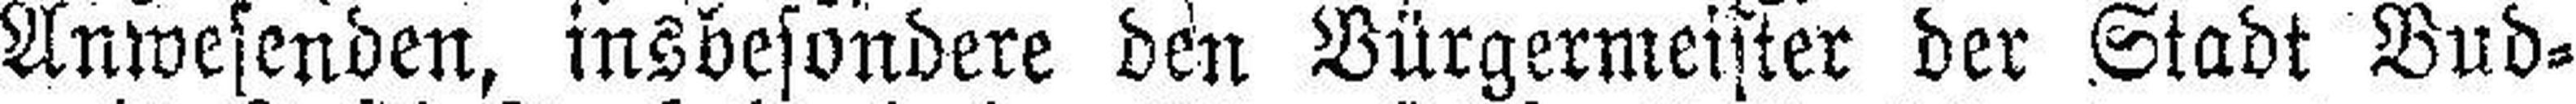
Anwesenden, insbesondere den Bürgermeister der Stadt Bud¬